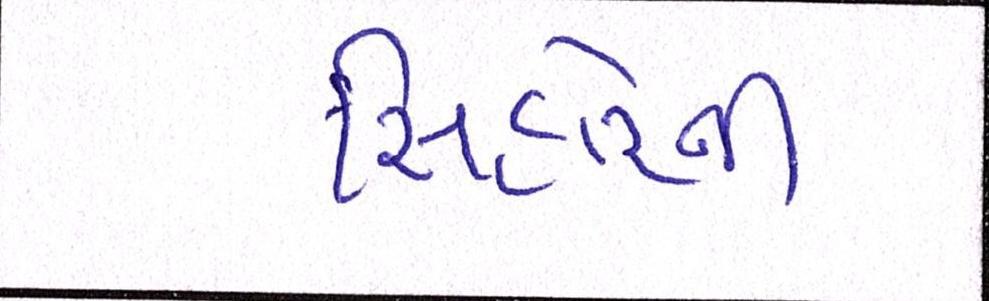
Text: સિહોરની